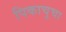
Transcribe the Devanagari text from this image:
पिकाचुचा